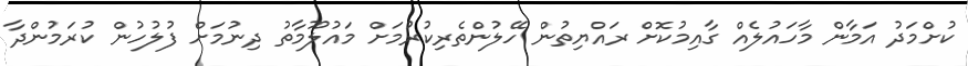
ކުށްމަދު އަމާން މާހައުލެއް ގާއިމުކޮށް ރައްޔިތުން ހޭލުންތެރިކުރުމަށް މައުލޫމާތު ދިނުމަށް ފުލުހުން ކުރަމުންދާ